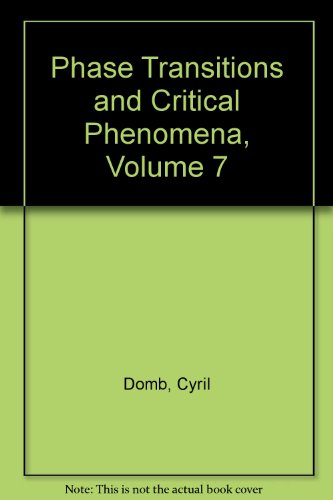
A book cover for Phase Transitions and Critical Phenomena, Volume 7; Cyril Domb; Science & Math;